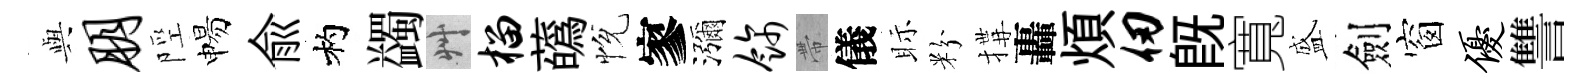
𫤰朋陘惕俞杓蠲艸榴蘤恱寥瀰饰帶儀眎粉搆轟煩仞旣寬盛劍窗优讐